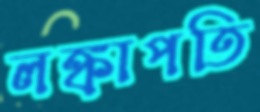
লঙ্কাপতি